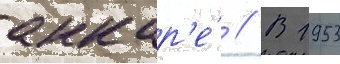
анкар'е́ // В 1953